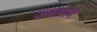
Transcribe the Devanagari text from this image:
जायभावे